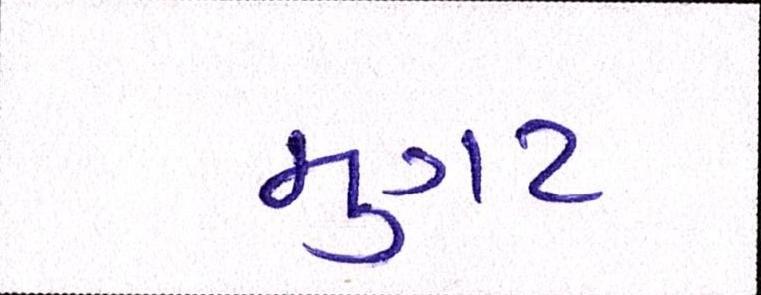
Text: મુગટ